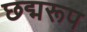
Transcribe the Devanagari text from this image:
छद्मरूप